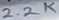
Text: 2.2K